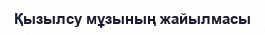
Қызылсу мұзының жайылмасы